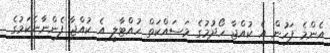
އެންމެ ފަހުން އެ ކުއްޖާ ހޯދުމުގެ މަސައްކަތް ހުއްޓާލީ އެ ކުއްޖާ ފެންނާނެކަމުގެ